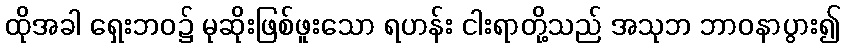
ထိုအခါ ရှေးဘဝ၌ မုဆိုးဖြစ်ဖူးသော ရဟန်း ငါးရာတို့သည် အသုဘ ဘာဝနာပွား၍